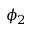
\phi _ { 2 }